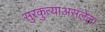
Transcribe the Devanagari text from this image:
सुरकुत्याअसलेला